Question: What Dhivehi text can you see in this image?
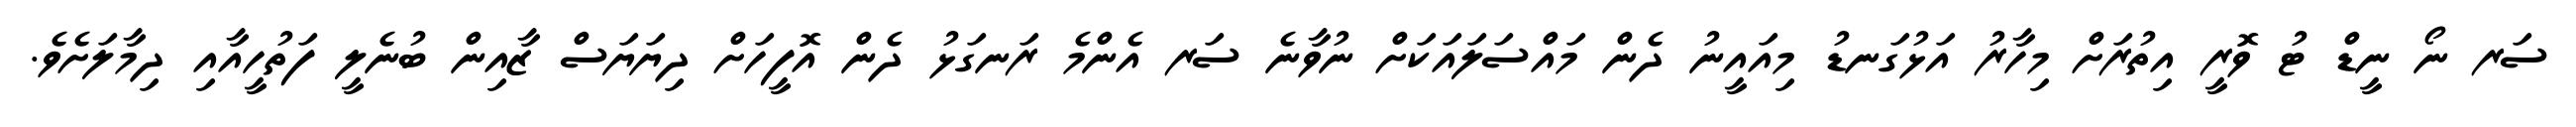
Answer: ސަރ ނޯ ނީޑް ޓު ވޮރީ އިތުރަށް މިހާރު އަޅުގަނޑު މިއައީނު ދެން މައްސަލައަކަށް ނުވާނެ ސަރ އެންމެ ރަނގަޅު ދެން އޮފީހަށް ދިޔަޔަސް ޒާއިން ބުނެލީ ފަތުހީއާއި ދިމާލަށެވެ.